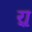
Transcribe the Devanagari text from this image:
र्‍ाृ